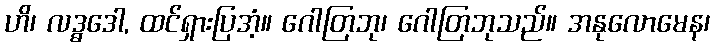
ဟိ၊ လဒ္ဓဒေါ, ထင်ရှားပြအံ့။ ဂေါတြဘု၊ ဂေါတြဘုသည်။ အနုလောမေန၊